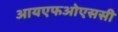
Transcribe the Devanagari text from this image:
आयएफओएससी